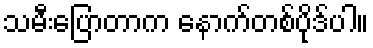
သမီးပြောတာက နောက်တစ်ပိုဒ်ပါ။